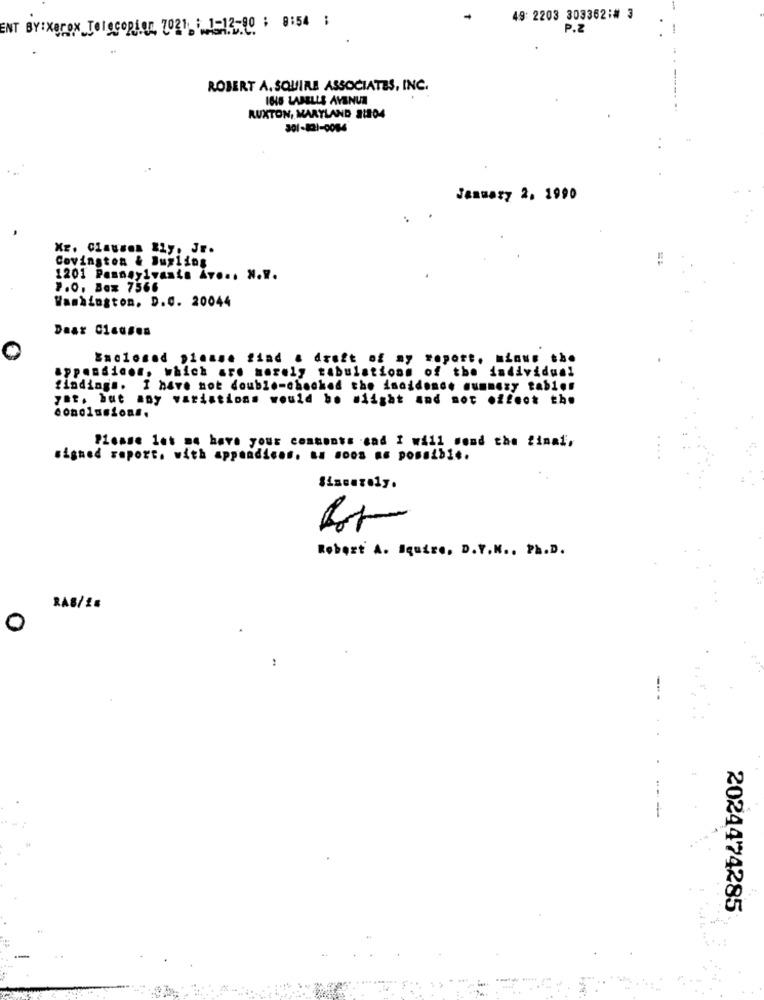
49: 2203 303362:# 3
ENT BY:XB!
TOTSCORLOT, 7021 : 1-13-80 ; 8:54 1
P.Z
ROBERT A. SQUIRE ASSOCIATES, INC.
1815 LABELLE AVENUE
RUXTON, MARYLAND 1204
301-821-0084
January 2. 1990
Covington & Buxlins
1201 Pennsylvante Av ... N.W.
7.0. Box 7566
Washington, D.C. 20044
Daar Cica#en
Enclosed please find a draft of my report. minus the
appenaicon, which are merely tabulations of the individual
findings. I have not double-checked the incidence mummezy tables
yat, but any variations would be miight and not ·ffect the
conclusions.
Please let me have your comments .cad I will send the final,
signed report, with appendices. as soon as possible.
Robert A. Squire, D.Y.K ., Ph.D.
RAS/2:
0
-
-
2024474285